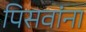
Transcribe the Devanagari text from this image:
पिसवांना